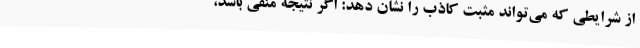
از شرایطی که می‌تواند مثبت کاذب را نشان دهد: اگر نتیجه منفی باشد،